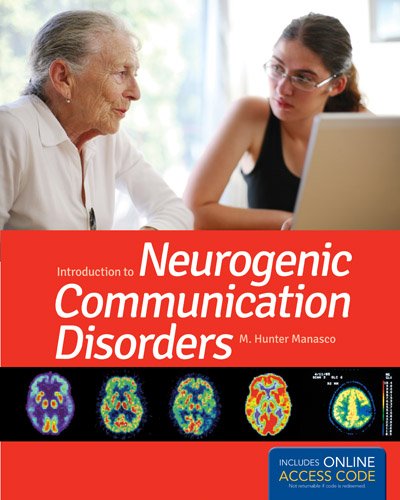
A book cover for Introduction To Neurogenic Communication Disorders; M. Hunter Manasco; Medical Books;